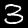
Digit: 3